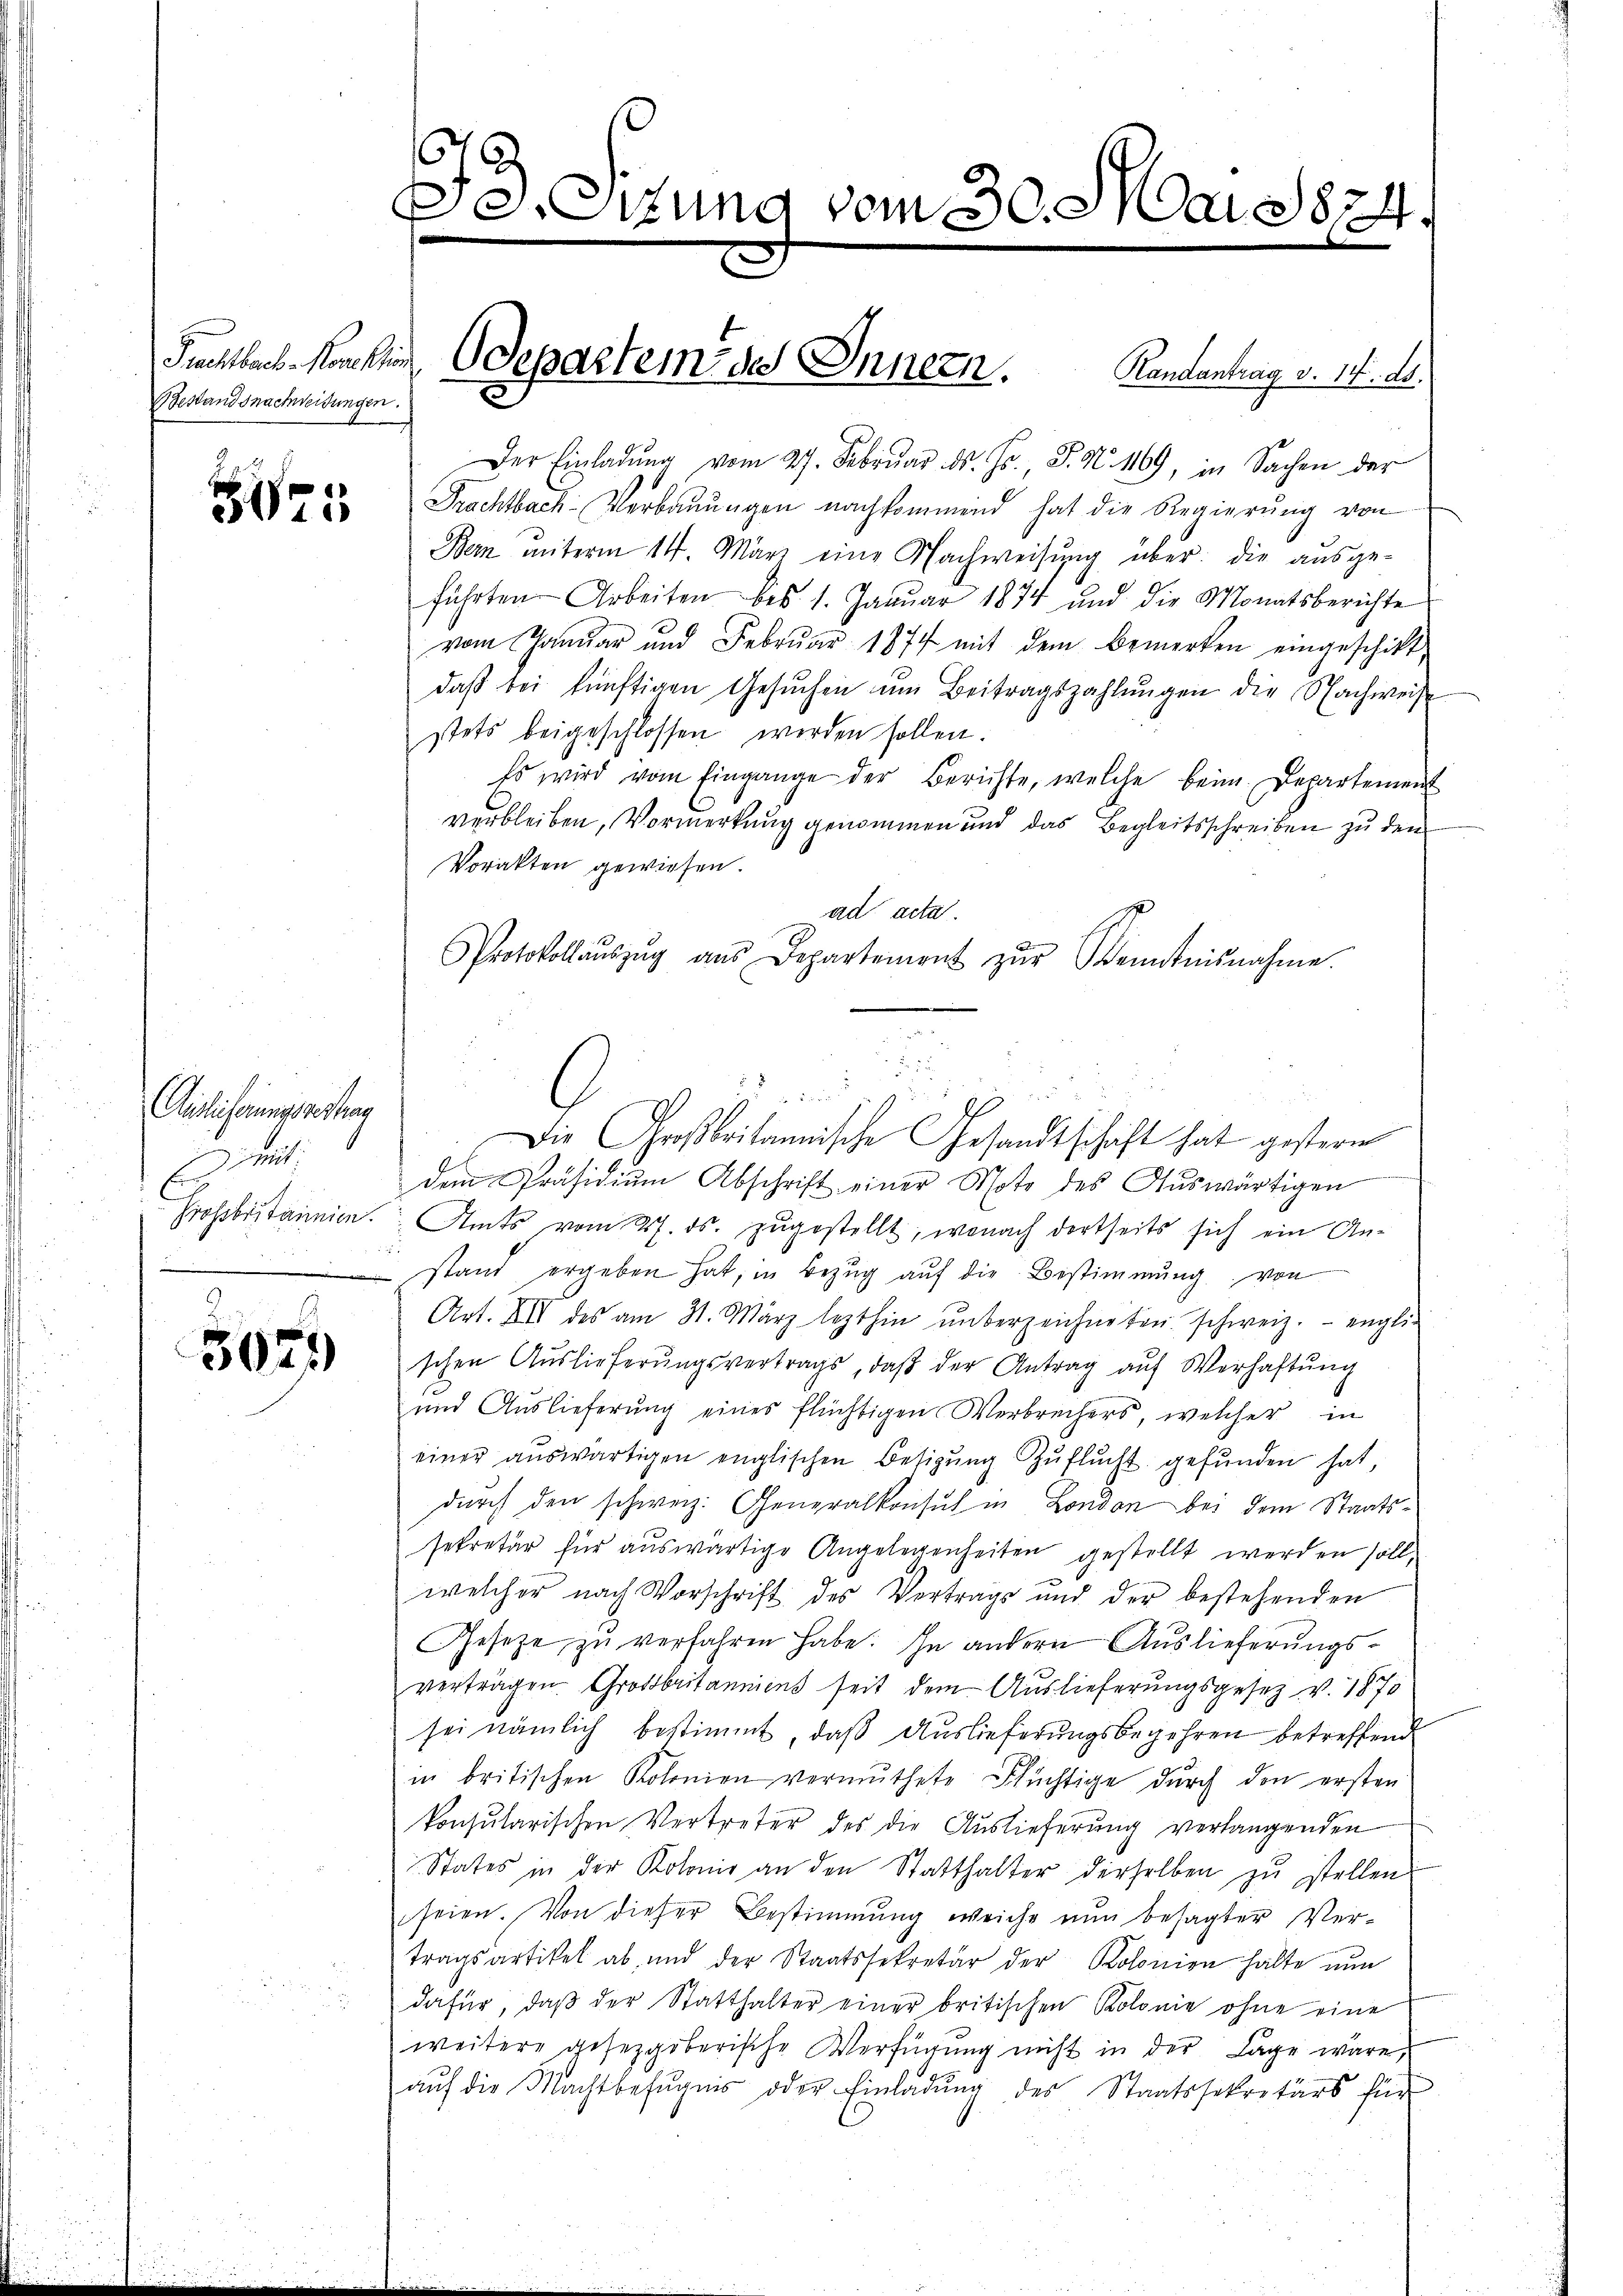
Puchtbar-Konstin
Bestandsnachweidungen.

317

Auslicherungsvertrag
mit
C
Grossbritannien.
e

3021)

B. Sitzung vom 30. Mai 1824.

Der Einladŭng vom 27. Febrŭar d. Js., S. N. 1169, in Sachen der
Frachtbach-Verbaŭŭngen nachkommend hat die Regierŭng von
Bern unterm 14. März eine Nachweisŭng über: die aŭsge-
führten Arbeiten bis 1. Januar 1874 und die Monatsberichte
vom Januar und Februar 1877 mit dem Bemerken eingeschickt
daβ bei künftigen Gesŭchen um Beitragszahlŭngen die Nachweis
stets beigeschlossen werden sollen.
Es wird vom Eingange der Berichte, welche beim Departement
verbleiben, Vormerkung genommen und das Begleitsschreiben zu den
Vorakten gewiesen.
ad acta.
Protokollaŭszŭg aŭs Departement zŭr Kenntnisnahme.
dem Präsidiŭm Abschrift einer Note des Aŭswärtigen
Amts vom 27. ds. zugestellt, wonach dortseits sich ein An-
stand ergeben hat, in Bezŭg aŭf die Bestimmŭng von
Art. XII des am 31. März lezthin ŭnterzeichneten schweiz. engli-
schen Aŭslieferŭngsvertrags, daβ der Antrag aŭf Verhaftŭng
und Auslieferung eines flüchtigen Verbrechers, welcher in
einer aŭswärtigen englischen Besitzŭng Zŭflŭcht gefŭnden hat,
durch den schweiz. Generalkonsul in London bei dem Staatssekretär für auswärtige Angelegenheiten gestellt werden soll,
welcher nach Vorschrift des Vertrags und der bestehenden
Gesetze zŭ verfahren habe. In andern Auslieferungsvertragen. Großbritanniens seit dem Auslieferungsgesetz v. 1870
sei nämlich bestimmt, daß Auslieferungsbegehren betreffend
in britischen Kolonien vermuthete Flüchtige dŭrch den ersten
konsularischen Vertreter des die Auslieferŭng verlangenden
States in der Kolonis an den Statthalter derselben zŭ stellen
seien. Von dieser Bestimmung weiche nun besagter Vertragsartikel ab, und der Staatssekretär der Kolonien hatte nun
dafür, daβ der Statthalter einer britischen Kolonie ohne eine
weitere gesetzgeberische Verfügung nicht in der Lage wäre,
auf die Machtbefugnis oder Einladung des Staatssekretärs für

Odepartem des Innern. Randantrag v. 14. ds.

Die Großbritannische Gesandtschaft hat gestern